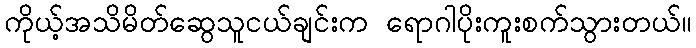
ကိုယ့်အသိမိတ်ဆွေသူငယ်ချင်းက ရောဂါပိုးကူးစက်သွားတယ်။